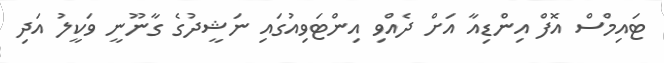
ޓައިމްސް އޮފް އިންޑިއާ އަށް ދެއްވި އިންޓަވިއުގައި ނަޝީދުގެ ގާނޫނީ ވަކީލު އަދި